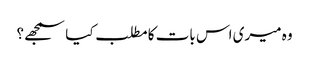
وہ میری اس بات کا مطلب کیا سمجھے؟